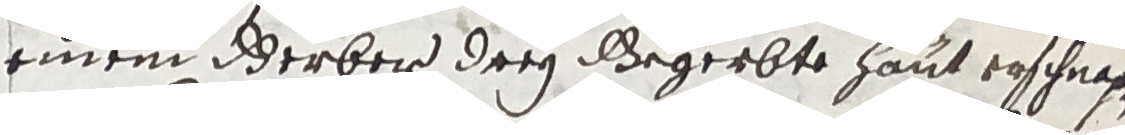
einem derber drey gegerbte haut erschnahen